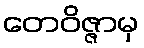
တေဝိဇ္ဇာမှ